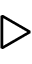
\triangleright